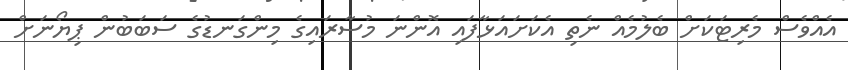
އެއްވެސް މެރިޓަކަށް ބެލުމެއް ނެތި އެކަށައަޅާފައި އޮންނަ މުސާރައިގެ މިންގަނޑުގެ ސަބަބުން ޕިޔޯނަށް